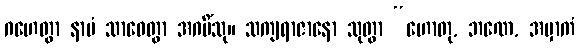
ဂဟေတွာ နာမံ သာဝေတွာ အဂမိံသု။ သကျရာဇာနော သုတွာ “ဟောတု, ဘဏေ, အမှာကံ